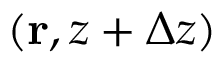
( { \bf r } , z + \Delta z )